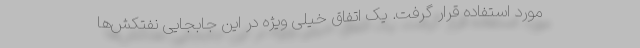
مورد استفاده قرار گرفت. یک اتفاق خیلی ویژه در این جابجایی نفتکش‌ها